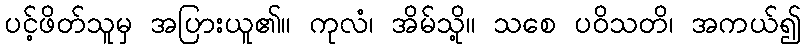
ပင့်ဖိတ်သူမှ အပြားယူ၏။ ကုလံ၊ အိမ်သို့။ သစေ ပဝိသတိ၊ အကယ်၍